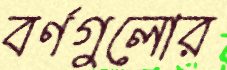
বর্ণগুলোর